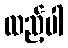
ထည့်ပါ